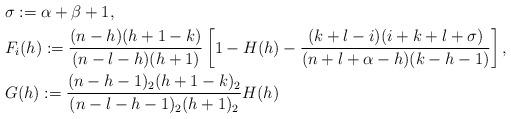
LaTeX: \begin{align*}&\sigma := \alpha+\beta+1,\\&F_{i}(h) := \frac{(n-h)(h+1-k)}{(n-l-h)(h+1)}\left[1-H(h)-\frac{(k+l-i)(i+k+l+\sigma)}{(n+l+\alpha-h)(k-h-1)}\right],\\&G(h) := \frac{(n-h-1)_2(h+1-k)_2}{(n-l-h-1)_2(h+1)_2}H(h)\end{align*}